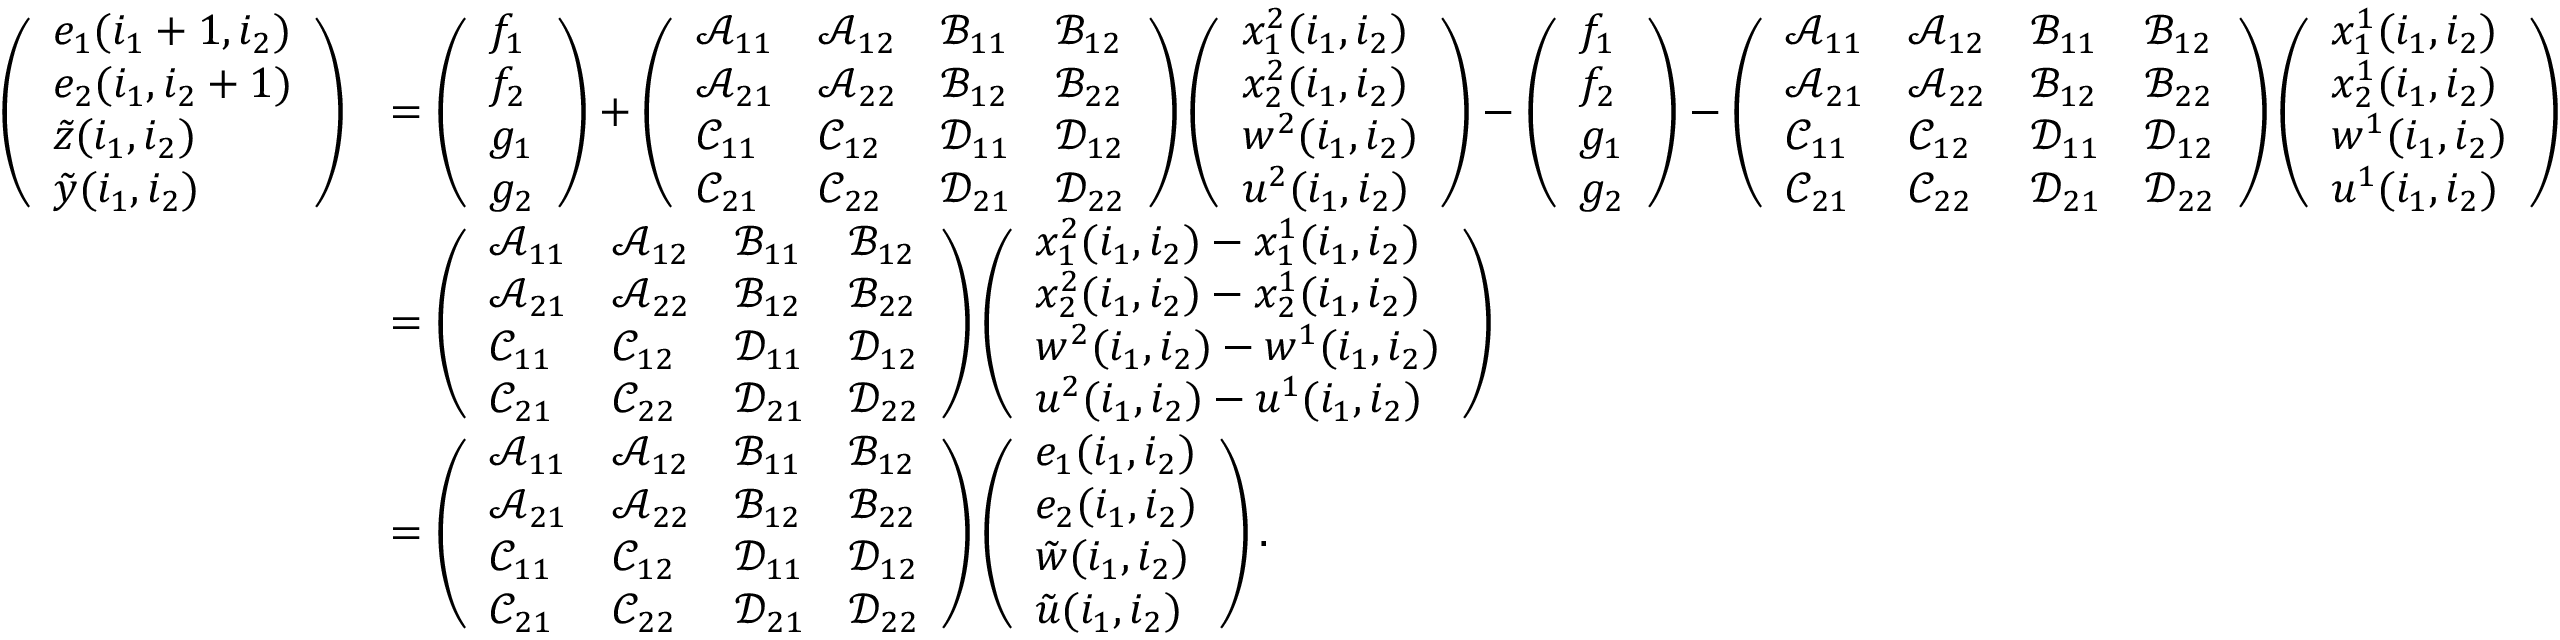
\begin{array} { r l } { \left( \begin{array} { l } { e _ { 1 } ( i _ { 1 } + 1 , i _ { 2 } ) } \\ { e _ { 2 } ( i _ { 1 } , i _ { 2 } + 1 ) } \\ { \tilde { z } ( i _ { 1 } , i _ { 2 } ) } \\ { \tilde { y } ( i _ { 1 } , i _ { 2 } ) } \end{array} \right) } & { = \left( \begin{array} { l } { f _ { 1 } } \\ { f _ { 2 } } \\ { g _ { 1 } } \\ { g _ { 2 } } \end{array} \right) + \left( \begin{array} { l l l l } { \mathcal { A } _ { 1 1 } } & { \mathcal { A } _ { 1 2 } } & { \mathcal { B } _ { 1 1 } } & { \mathcal { B } _ { 1 2 } } \\ { \mathcal { A } _ { 2 1 } } & { \mathcal { A } _ { 2 2 } } & { \mathcal { B } _ { 1 2 } } & { \mathcal { B } _ { 2 2 } } \\ { \mathcal { C } _ { 1 1 } } & { \mathcal { C } _ { 1 2 } } & { \mathcal { D } _ { 1 1 } } & { \mathcal { D } _ { 1 2 } } \\ { \mathcal { C } _ { 2 1 } } & { \mathcal { C } _ { 2 2 } } & { \mathcal { D } _ { 2 1 } } & { \mathcal { D } _ { 2 2 } } \end{array} \right) \left( \begin{array} { l } { x _ { 1 } ^ { 2 } ( i _ { 1 } , i _ { 2 } ) } \\ { x _ { 2 } ^ { 2 } ( i _ { 1 } , i _ { 2 } ) } \\ { w ^ { 2 } ( i _ { 1 } , i _ { 2 } ) } \\ { u ^ { 2 } ( i _ { 1 } , i _ { 2 } ) } \end{array} \right) - \left( \begin{array} { l } { f _ { 1 } } \\ { f _ { 2 } } \\ { g _ { 1 } } \\ { g _ { 2 } } \end{array} \right) - \left( \begin{array} { l l l l } { \mathcal { A } _ { 1 1 } } & { \mathcal { A } _ { 1 2 } } & { \mathcal { B } _ { 1 1 } } & { \mathcal { B } _ { 1 2 } } \\ { \mathcal { A } _ { 2 1 } } & { \mathcal { A } _ { 2 2 } } & { \mathcal { B } _ { 1 2 } } & { \mathcal { B } _ { 2 2 } } \\ { \mathcal { C } _ { 1 1 } } & { \mathcal { C } _ { 1 2 } } & { \mathcal { D } _ { 1 1 } } & { \mathcal { D } _ { 1 2 } } \\ { \mathcal { C } _ { 2 1 } } & { \mathcal { C } _ { 2 2 } } & { \mathcal { D } _ { 2 1 } } & { \mathcal { D } _ { 2 2 } } \end{array} \right) \left( \begin{array} { l } { x _ { 1 } ^ { 1 } ( i _ { 1 } , i _ { 2 } ) } \\ { x _ { 2 } ^ { 1 } ( i _ { 1 } , i _ { 2 } ) } \\ { w ^ { 1 } ( i _ { 1 } , i _ { 2 } ) } \\ { u ^ { 1 } ( i _ { 1 } , i _ { 2 } ) } \end{array} \right) } \\ & { = \left( \begin{array} { l l l l } { \mathcal { A } _ { 1 1 } } & { \mathcal { A } _ { 1 2 } } & { \mathcal { B } _ { 1 1 } } & { \mathcal { B } _ { 1 2 } } \\ { \mathcal { A } _ { 2 1 } } & { \mathcal { A } _ { 2 2 } } & { \mathcal { B } _ { 1 2 } } & { \mathcal { B } _ { 2 2 } } \\ { \mathcal { C } _ { 1 1 } } & { \mathcal { C } _ { 1 2 } } & { \mathcal { D } _ { 1 1 } } & { \mathcal { D } _ { 1 2 } } \\ { \mathcal { C } _ { 2 1 } } & { \mathcal { C } _ { 2 2 } } & { \mathcal { D } _ { 2 1 } } & { \mathcal { D } _ { 2 2 } } \end{array} \right) \left( \begin{array} { l } { x _ { 1 } ^ { 2 } ( i _ { 1 } , i _ { 2 } ) - x _ { 1 } ^ { 1 } ( i _ { 1 } , i _ { 2 } ) } \\ { x _ { 2 } ^ { 2 } ( i _ { 1 } , i _ { 2 } ) - x _ { 2 } ^ { 1 } ( i _ { 1 } , i _ { 2 } ) } \\ { w ^ { 2 } ( i _ { 1 } , i _ { 2 } ) - w ^ { 1 } ( i _ { 1 } , i _ { 2 } ) } \\ { u ^ { 2 } ( i _ { 1 } , i _ { 2 } ) - u ^ { 1 } ( i _ { 1 } , i _ { 2 } ) } \end{array} \right) } \\ & { = \left( \begin{array} { l l l l } { \mathcal { A } _ { 1 1 } } & { \mathcal { A } _ { 1 2 } } & { \mathcal { B } _ { 1 1 } } & { \mathcal { B } _ { 1 2 } } \\ { \mathcal { A } _ { 2 1 } } & { \mathcal { A } _ { 2 2 } } & { \mathcal { B } _ { 1 2 } } & { \mathcal { B } _ { 2 2 } } \\ { \mathcal { C } _ { 1 1 } } & { \mathcal { C } _ { 1 2 } } & { \mathcal { D } _ { 1 1 } } & { \mathcal { D } _ { 1 2 } } \\ { \mathcal { C } _ { 2 1 } } & { \mathcal { C } _ { 2 2 } } & { \mathcal { D } _ { 2 1 } } & { \mathcal { D } _ { 2 2 } } \end{array} \right) \left( \begin{array} { l } { e _ { 1 } ( i _ { 1 } , i _ { 2 } ) } \\ { e _ { 2 } ( i _ { 1 } , i _ { 2 } ) } \\ { \tilde { w } ( i _ { 1 } , i _ { 2 } ) } \\ { \tilde { u } ( i _ { 1 } , i _ { 2 } ) } \end{array} \right) . } \end{array}